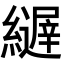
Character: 𦆣